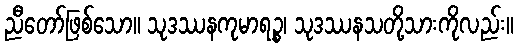
ညီတော်ဖြစ်သော။ သုဒဿနကုမာရဉ္စ၊ သုဒဿနသတို့သားကိုလည်း။